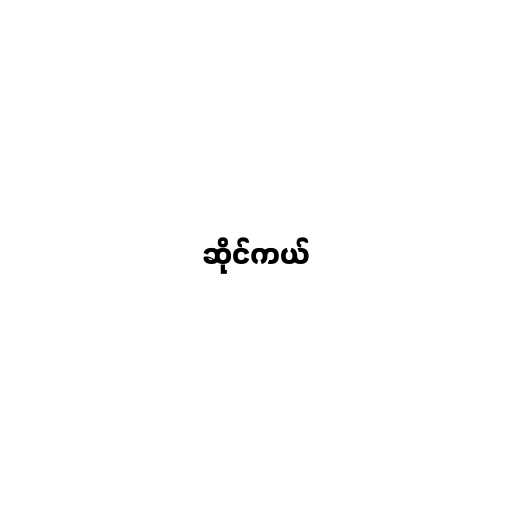
ဆိုင်ကယ်